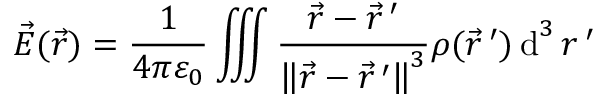
{ \vec { E } } ( { \vec { r } } ) = { \frac { 1 } { 4 \pi \varepsilon _ { 0 } } } \iiint { \frac { { \vec { r } } - { \vec { r } } \, ^ { \prime } } { \left\| { \vec { r } } - { \vec { r } } \, ^ { \prime } \right\| ^ { 3 } } } \rho ( { \vec { r } } \, ^ { \prime } ) \operatorname { d } ^ { 3 } r \, ^ { \prime }